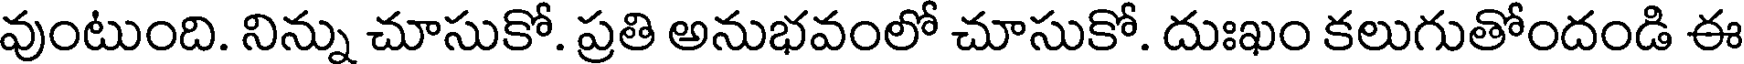
వుంటుంది. నిన్ను చూసుకో. ప్రతి అనుభవంలో చూసుకో. దుఃఖం కలుగుతోందండి ఈ